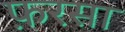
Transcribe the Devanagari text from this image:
फ़रसा